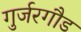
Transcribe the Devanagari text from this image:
गुर्जरगौड